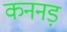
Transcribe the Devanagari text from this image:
कननड़